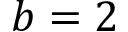
b = 2